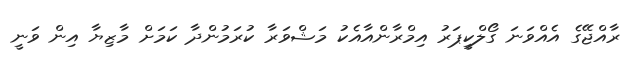
ރާއްޖޭގެ އެއްވަނަ ގޯލްކީޕަރު އިމްރާންއާއެކު މަޝްވަރާ ކުރަމުންދާ ކަމަށް މާޒިޔާ އިން ވަނީ